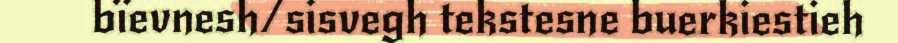
bïevnesh/sisvegh tekstesne buerkiestieh